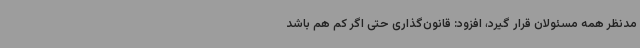
مدنظر همه مسئولان قرار گیرد، افزود: قانون‌گذاری حتی اگر کم هم باشد